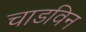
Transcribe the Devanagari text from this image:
चाडविन